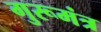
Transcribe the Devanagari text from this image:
गुरूमंत्र